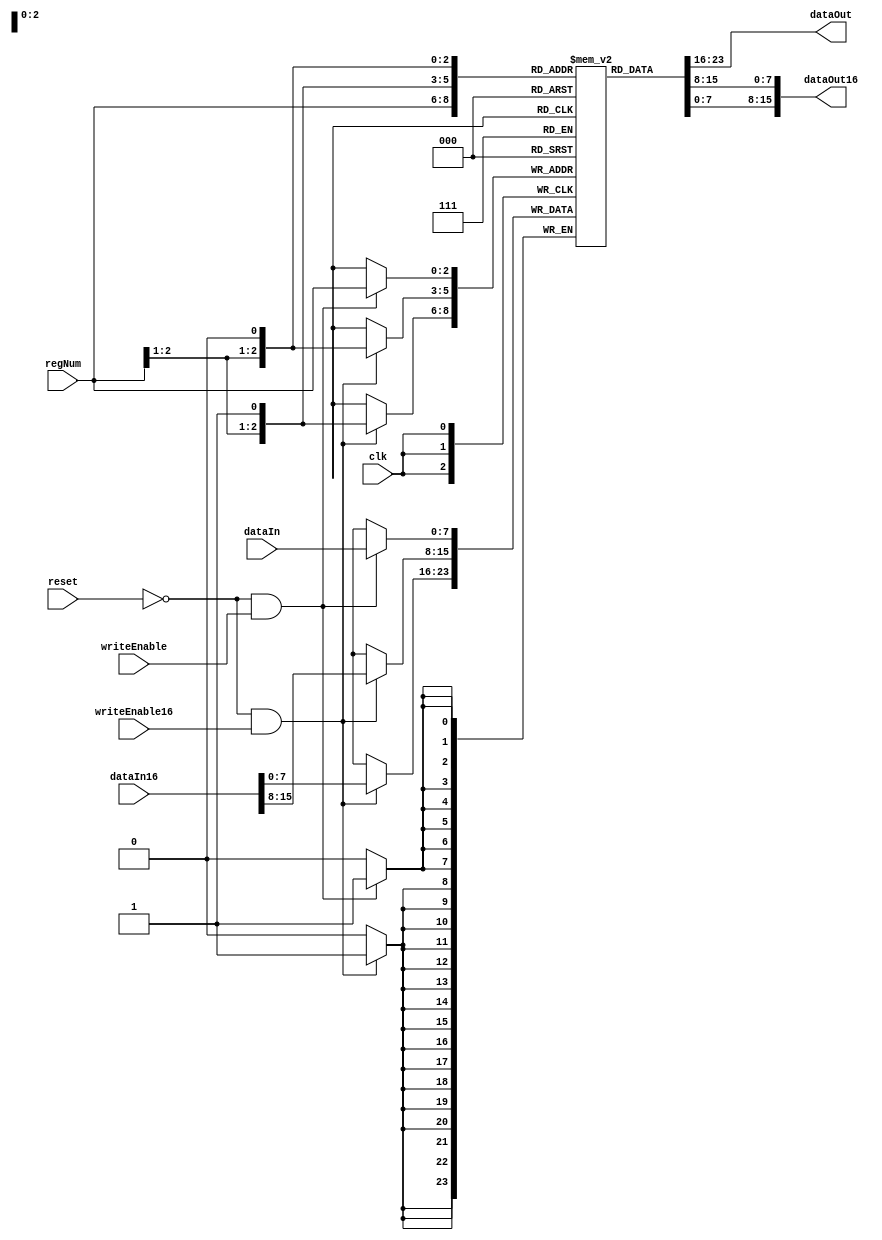
module RegisterBank (
  input   wire          clk,
  input   wire          reset,
  input         [2:0]   regNum,

  // 8 bit interface
  input         [7:0]   dataIn,
  output  wire  [7:0]   dataOut,
  input                 writeEnable,    // 1 => WRITE, 0 => READ

  // 16 bit interface
  input         [15:0]  dataIn16,
  output  wire  [15:0]  dataOut16,
  input                 writeEnable16  // 1 => WRITE, 0 => READ
);

// B C D E H L W Z
reg [7:0] registers [0:7];

wire [2:0] upperReg = {regNum[2:1], 1'b1};
wire [2:0] lowerReg = {regNum[2:1], 1'b0};

initial begin
  for ( i = 0; i < 8; i=i+1)
  begin
    registers[i] = 0;
  end
end

integer i;

always @(posedge clk)
begin
  if (!reset && writeEnable) registers[regNum] <= dataIn;
  if (!reset && writeEnable16)
  begin
    registers[lowerReg] <= dataIn16[15:8];
    registers[upperReg] <= dataIn16[7:0];
  end
end

assign dataOut = registers[regNum];


assign dataOut16 = {registers[lowerReg], registers[upperReg]};

// Only for simulation expose the registers
generate
  genvar idx;
  for(idx = 0; idx < 8; idx = idx+1) begin: register
    wire [7:0] tmp;
    assign tmp = registers[idx];
  end
endgenerate

endmodule